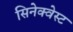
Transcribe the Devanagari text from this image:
सिनेक्वेस्ट